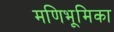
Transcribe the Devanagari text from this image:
मणिभूमिका